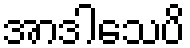
အာဒါသေပိ